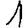
Digit: 1